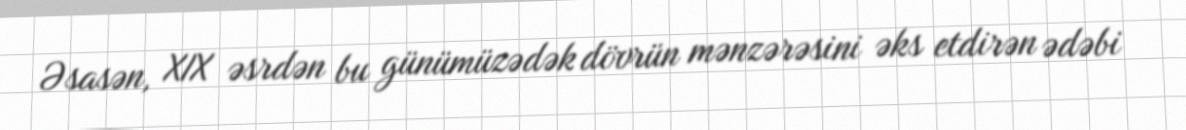
Əsasən, XIX əsrdən bu günümüzədək dövrün mənzərəsini əks etdirən ədəbi